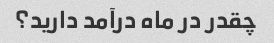
چقدر در ماه درآمد دارید؟